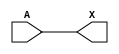
/*
 * Copyright 2020 The SkyWater PDK Authors
 *
 * Licensed under the Apache License, Version 2.0 (the "License");
 * you may not use this file except in compliance with the License.
 * You may obtain a copy of the License at
 *
 *     https://www.apache.org/licenses/LICENSE-2.0
 *
 * Unless required by applicable law or agreed to in writing, software
 * distributed under the License is distributed on an "AS IS" BASIS,
 * WITHOUT WARRANTIES OR CONDITIONS OF ANY KIND, either express or implied.
 * See the License for the specific language governing permissions and
 * limitations under the License.
 *
 * SPDX-License-Identifier: Apache-2.0
*/


`ifndef SKY130_FD_SC_HVL__LSBUFHV2LV_FUNCTIONAL_V
`define SKY130_FD_SC_HVL__LSBUFHV2LV_FUNCTIONAL_V

/**
 * lsbufhv2lv: Level-shift buffer, low voltage-to-low voltage.
 *
 * Verilog simulation functional model.
 */

`timescale 1ns / 1ps
`default_nettype none

`celldefine
module sky130_fd_sc_hvl__lsbufhv2lv (
    X,
    A
);

    // Module ports
    output X;
    input  A;

    //  Name  Output  Other arguments
    buf buf0 (X     , A              );

endmodule
`endcelldefine

`default_nettype wire
`endif  // SKY130_FD_SC_HVL__LSBUFHV2LV_FUNCTIONAL_V